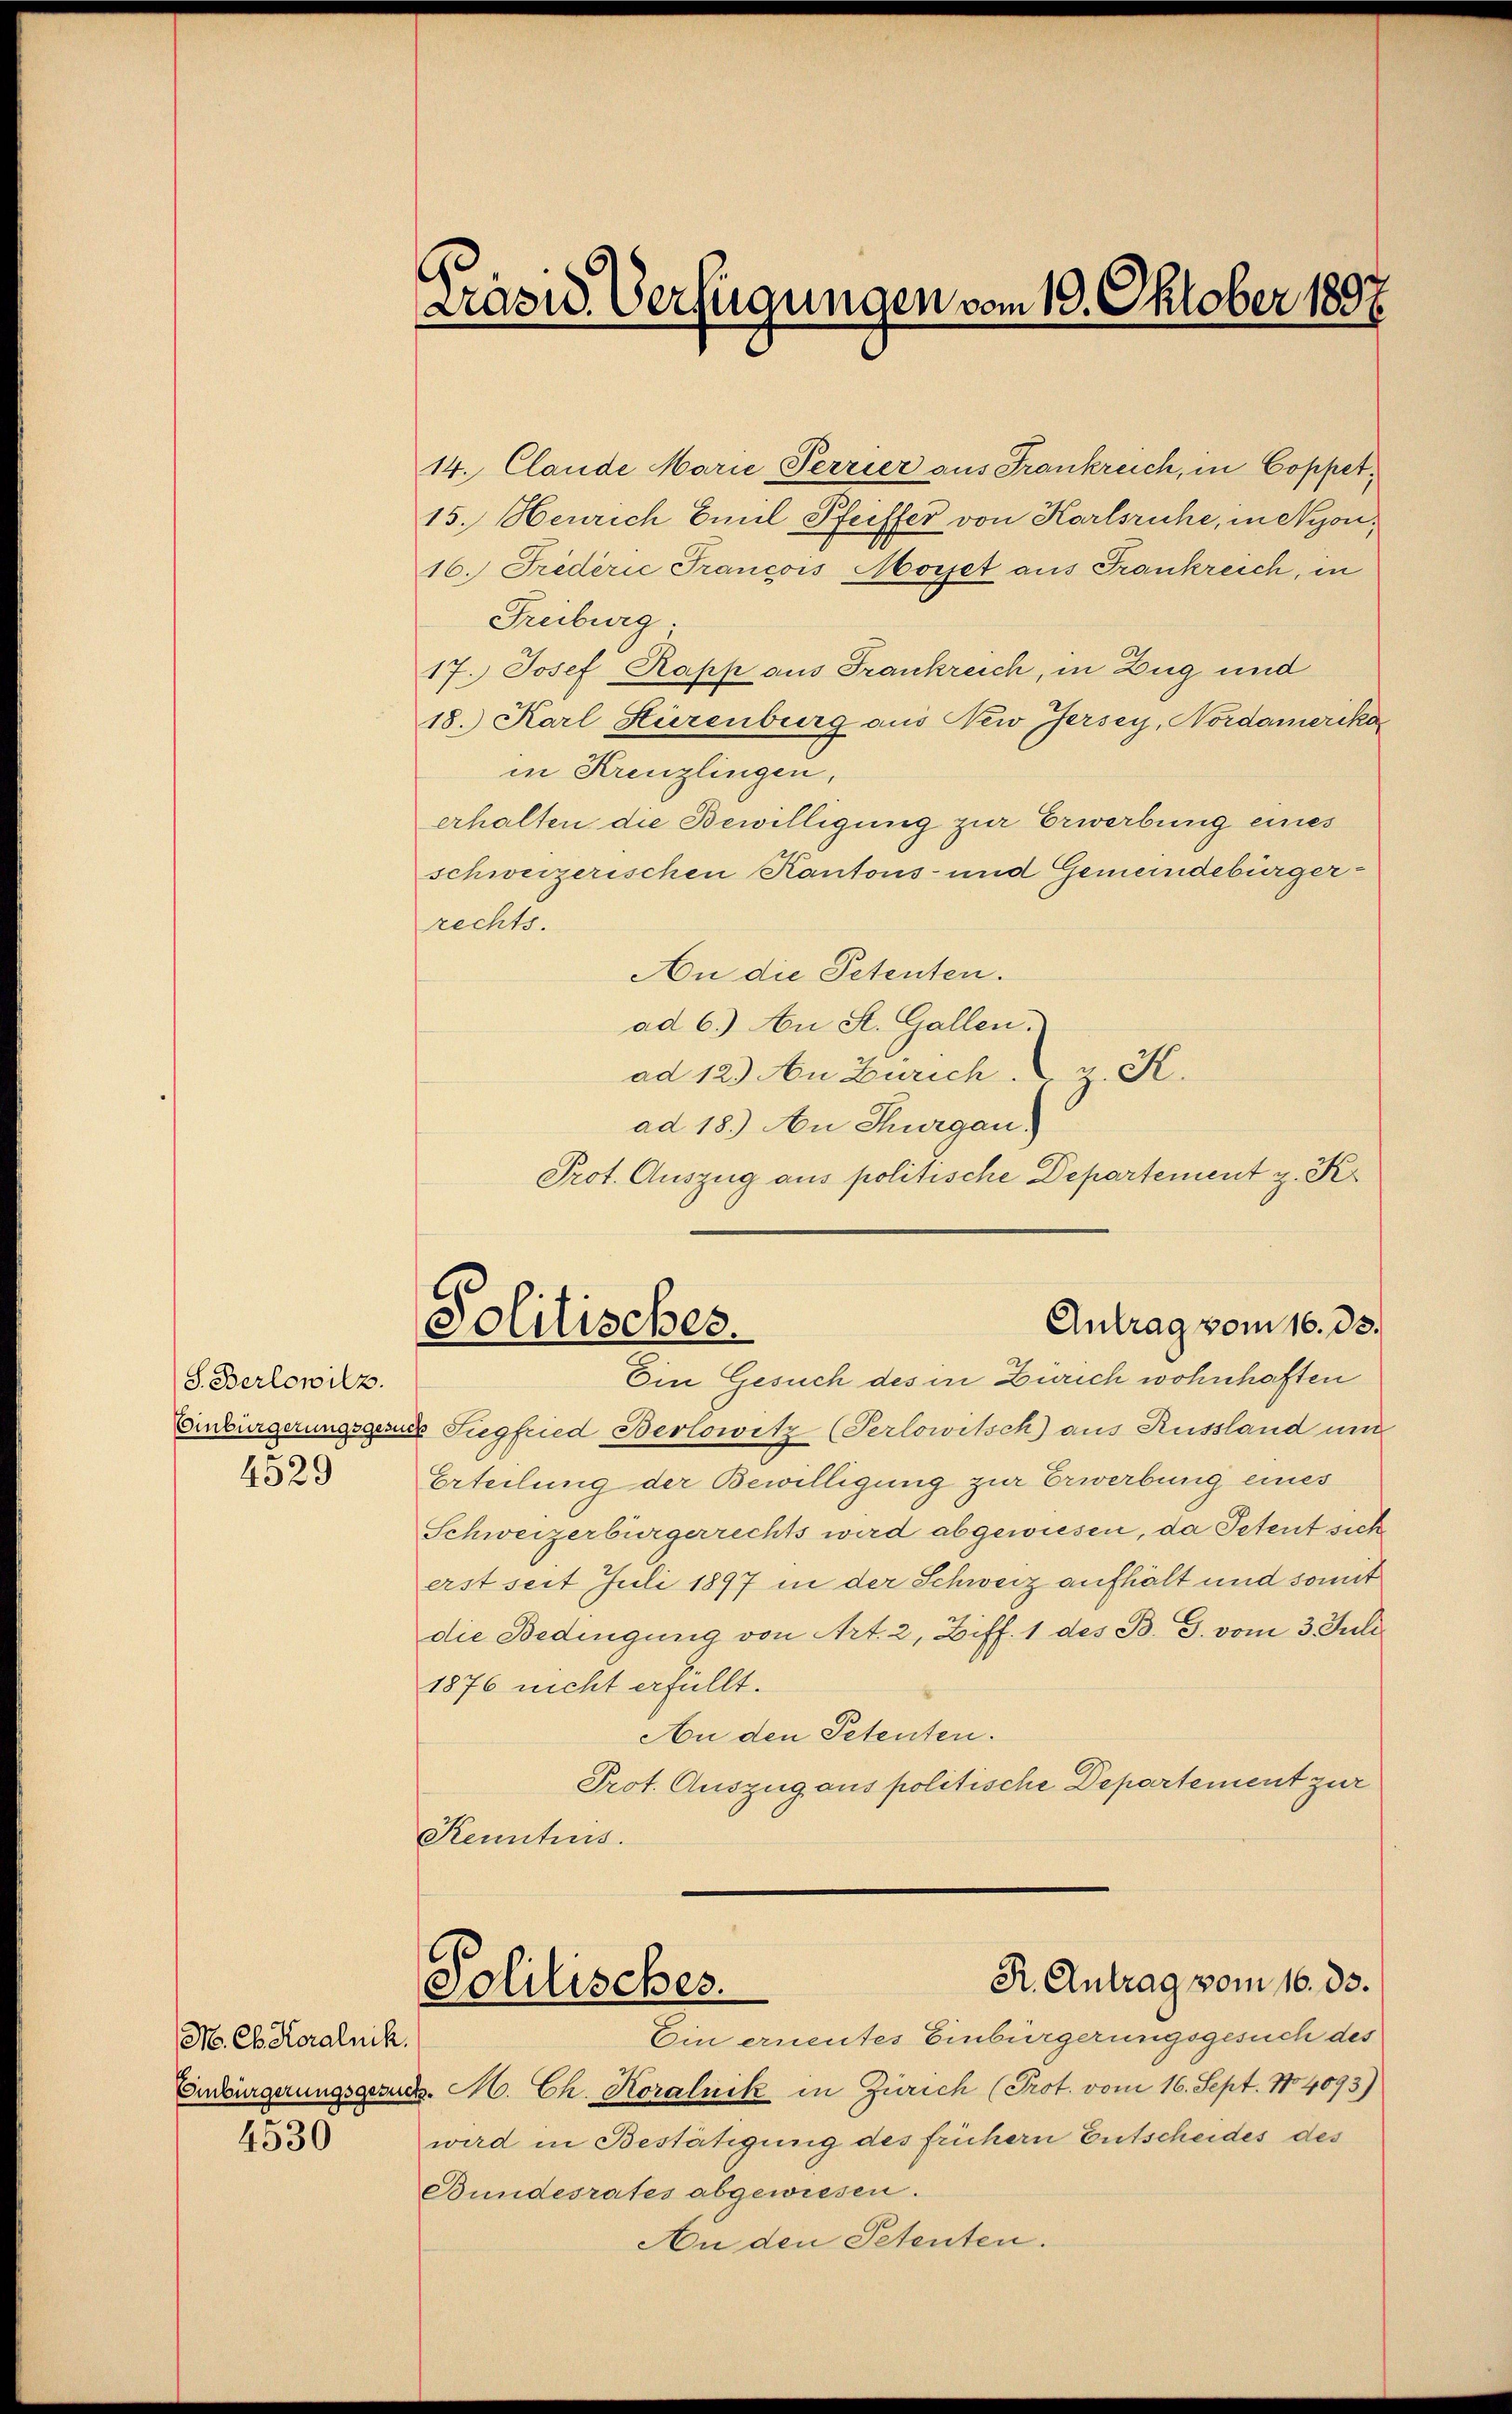
S. Berlowitz.
4329

M. Cb. Koralnik.
4530

14. Clande Marie Perrier aus Frankreich, in Coppet¬
15. Heurich Emil Pfeiffer von Karlsruhe, in Nyon,
16. Friderić Francois Morjet aus Frankreich, in
Freiburg
17. Josef Kapp aus Frankreich, in Zug und
18.) Karl Hierenburg aus New Jersey, Nordamerika
in Kreuzlingen,
erhalten die Bewilligung zur Erwerbung eines
schweizerischen Kantons- und Gemeindebürger-
rechts.
An die Petenten.
ad 6.) An St. Gallen.
ad 12.) An Zürich, z. K.
ad 18.) An Thurgau.
Prot. Auszug aus politische Departement z. Kr

Präsid. Verfügungen vom 10. Oktober 1897

Antrag vom 16. 33.
Politisches

Ein Gesuch des in Zürich wohnhaften
Einbürgerungsgesuch Siegfried Berlowitz (Perlowitsch) aus Russland und
Erteilung der Bewilligung zur Erwerbung eines
Schweizerbürgerrechts wird abgewiesen, da Petent sich
erst seit Juli 1897 in der Schweiz aufhält und somit
die Bedingung von Art. 2, Ziff. 1 des B. G. vom 3. Juli
1876 nicht erfüllt.
An den Petenten.
Prot. Auszug aus politische Departement zur
Kenntnis.
R. Antrag vom 16. ds.
Politisches.
Ein ernentes Einbürgerungsgesuch des
Einbürgerungsgesuch. M. Ch. Koralnik in Zürich (Prot. vom 16. Sept. No 4093)
wird in Bestätigung des frühern Entscheides des
Bundesrates abgewiesen.
An den Petenten.